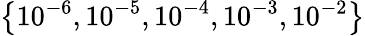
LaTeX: \left\{ 10^{-6},10^{-5},10^{-4},10^{-3},10^{-2}\right\}